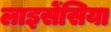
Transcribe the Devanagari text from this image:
लाइसेंसिया